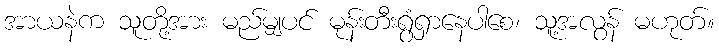
အာယနဲက သူတို့အား မည်မျှပင် မုန်းတီးရွံရှာနေပါစေ၊ သူ့အလွန် မဟုတ်။